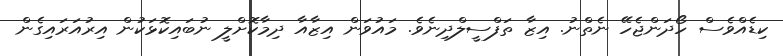
ކިޑެއްވެސް ހޯދަންޖެހޭ ނެތްނު. އިޒާ ތަފްސީލްދިނެވެ. މައުވަން އިޒާއާ ދިމާކޮށްލީ ނުބައިކޮޅަކުން އިރުއަރައިގެން